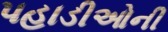
પહાડીઓની